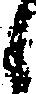
候